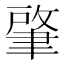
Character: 肇